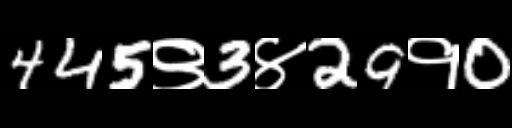
Text: 445९3४29१0